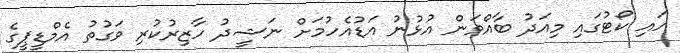
ހައި ކޯޓުގައި މިއަދު ބާއްވަން އުޅުނު އަޑުއެހުމަށް ނަޝީދު ހާޒިރުކުރި ވަގުތު އެމްޑީޕީގެ